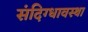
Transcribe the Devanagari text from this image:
संदिग्धावस्था